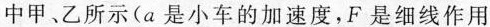
中甲、乙所示(a是小车的加速度，F是细线作用